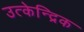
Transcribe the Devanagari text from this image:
उत्केन्द्रिक